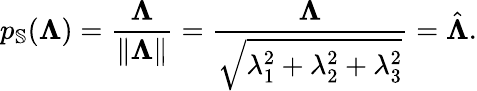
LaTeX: p_{\mathbb{S}}(\boldsymbol{\Lambda})=\frac{\boldsymbol{\Lambda}}{\lVert\boldsymbol{\Lambda}\rVert}=\frac{\boldsymbol{\Lambda}}{\sqrt{\lambda_{1}^{2}+\lambda_{2}^{2}+\lambda_{3}^{2}}}=\hat{\boldsymbol{\Lambda}}.